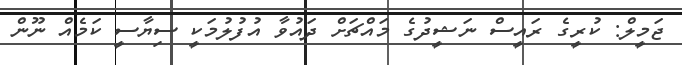
ޖަމީލް: ކުރީގެ ރައީސް ނަޝީދުގެ މައްޗަށް ދައުވާ އުފުލުމަކީ ސިޔާސީ ކަމެއް ނޫން